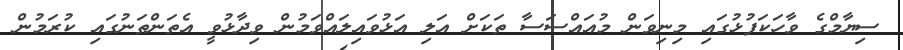
ސިޔާމްގެ ވާހަކަފުޅުގައި މިނިވަން މުއައްސަސާ ތަކަށް އަލި އަޅުވައިލައްވަމުން ވިދާޅުވީ އެތަންތަނުގައި ކުރަމުން